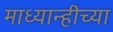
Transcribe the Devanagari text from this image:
माध्यान्हीच्या